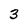
Character: 3